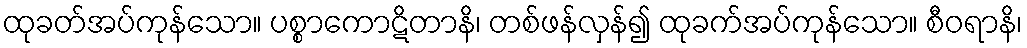
ထုခတ်အပ်ကုန်သော။ ပစ္စာကောဋိတာနိ၊ တစ်ဖန်လှန်၍ ထုခက်အပ်ကုန်သော။ စီဝရာနိ၊